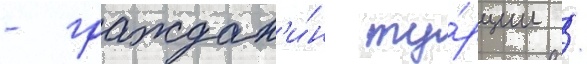
- граждан'и́н ту́рции /